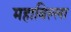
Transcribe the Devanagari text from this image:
महाबिल्ला